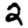
Digit: 2